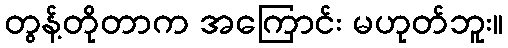
တွန့်တိုတာက အကြောင်း မဟုတ်ဘူး။